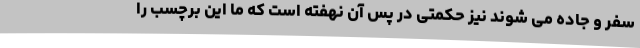
سفر و جاده می شوند نیز حکمتی در پس آن نهفته است که ما این برچسب را